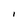
Character: I